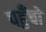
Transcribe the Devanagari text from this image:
पहुँचो